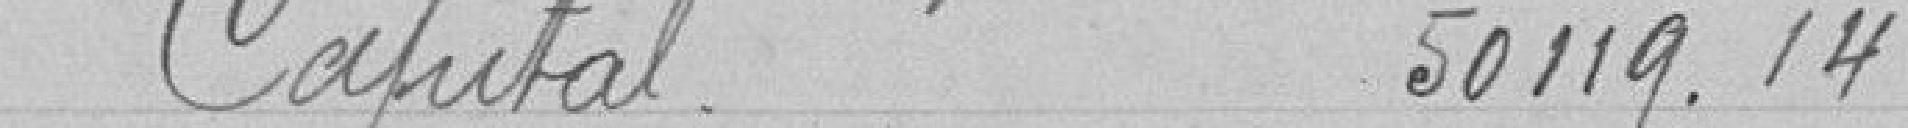
Capital 50119.14